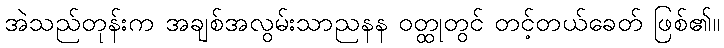
အဲသည်တုန်းက အချစ်အလွမ်းသာညနန ဝတ္ထုတွင် တင့်တယ်ခေတ် ဖြစ်၏။